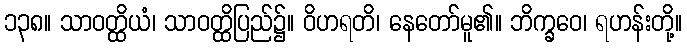
၁၃၈။ သာဝတ္ထိယံ၊ သာဝတ္ထိပြည်၌။ ဝိဟရတိ၊ နေတော်မူ၏။ ဘိက္ခဝေ၊ ရဟန်းတို့။